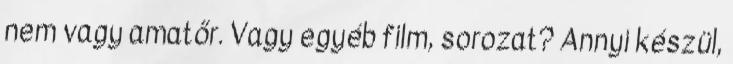
nem vagy amatőr. Vagy egyéb film, sorozat? Annyi készül,